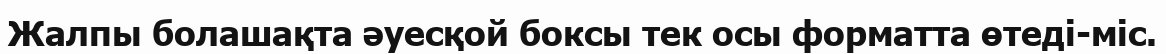
Жалпы болашақта әуесқой боксы тек осы форматта өтеді-міс.